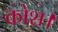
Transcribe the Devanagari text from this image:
कोश।